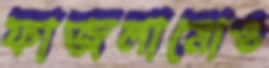
ফাজলামোও